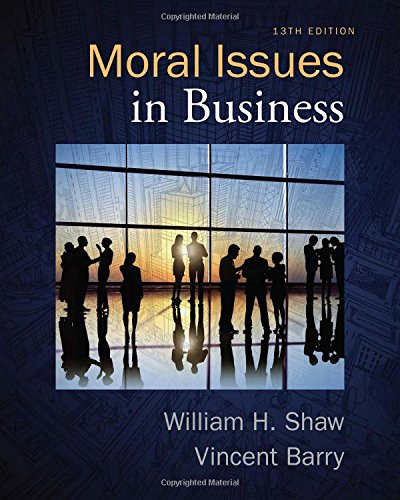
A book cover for Moral Issues in Business; William H. Shaw; Business & Money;